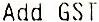
ADD GST